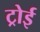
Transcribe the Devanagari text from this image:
ट्रोई